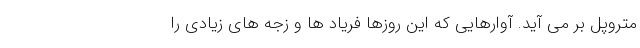
متروپل بر می آید. آوارهایی که این روزها فریاد ها و زجه های زیادی را